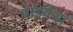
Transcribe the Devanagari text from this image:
वाझ्केझ